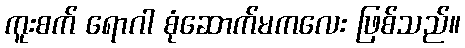
ကူးစက် ရောဂါ စုံဆောက်မကလေး ဖြစ်သည်။